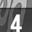
Digit: 4